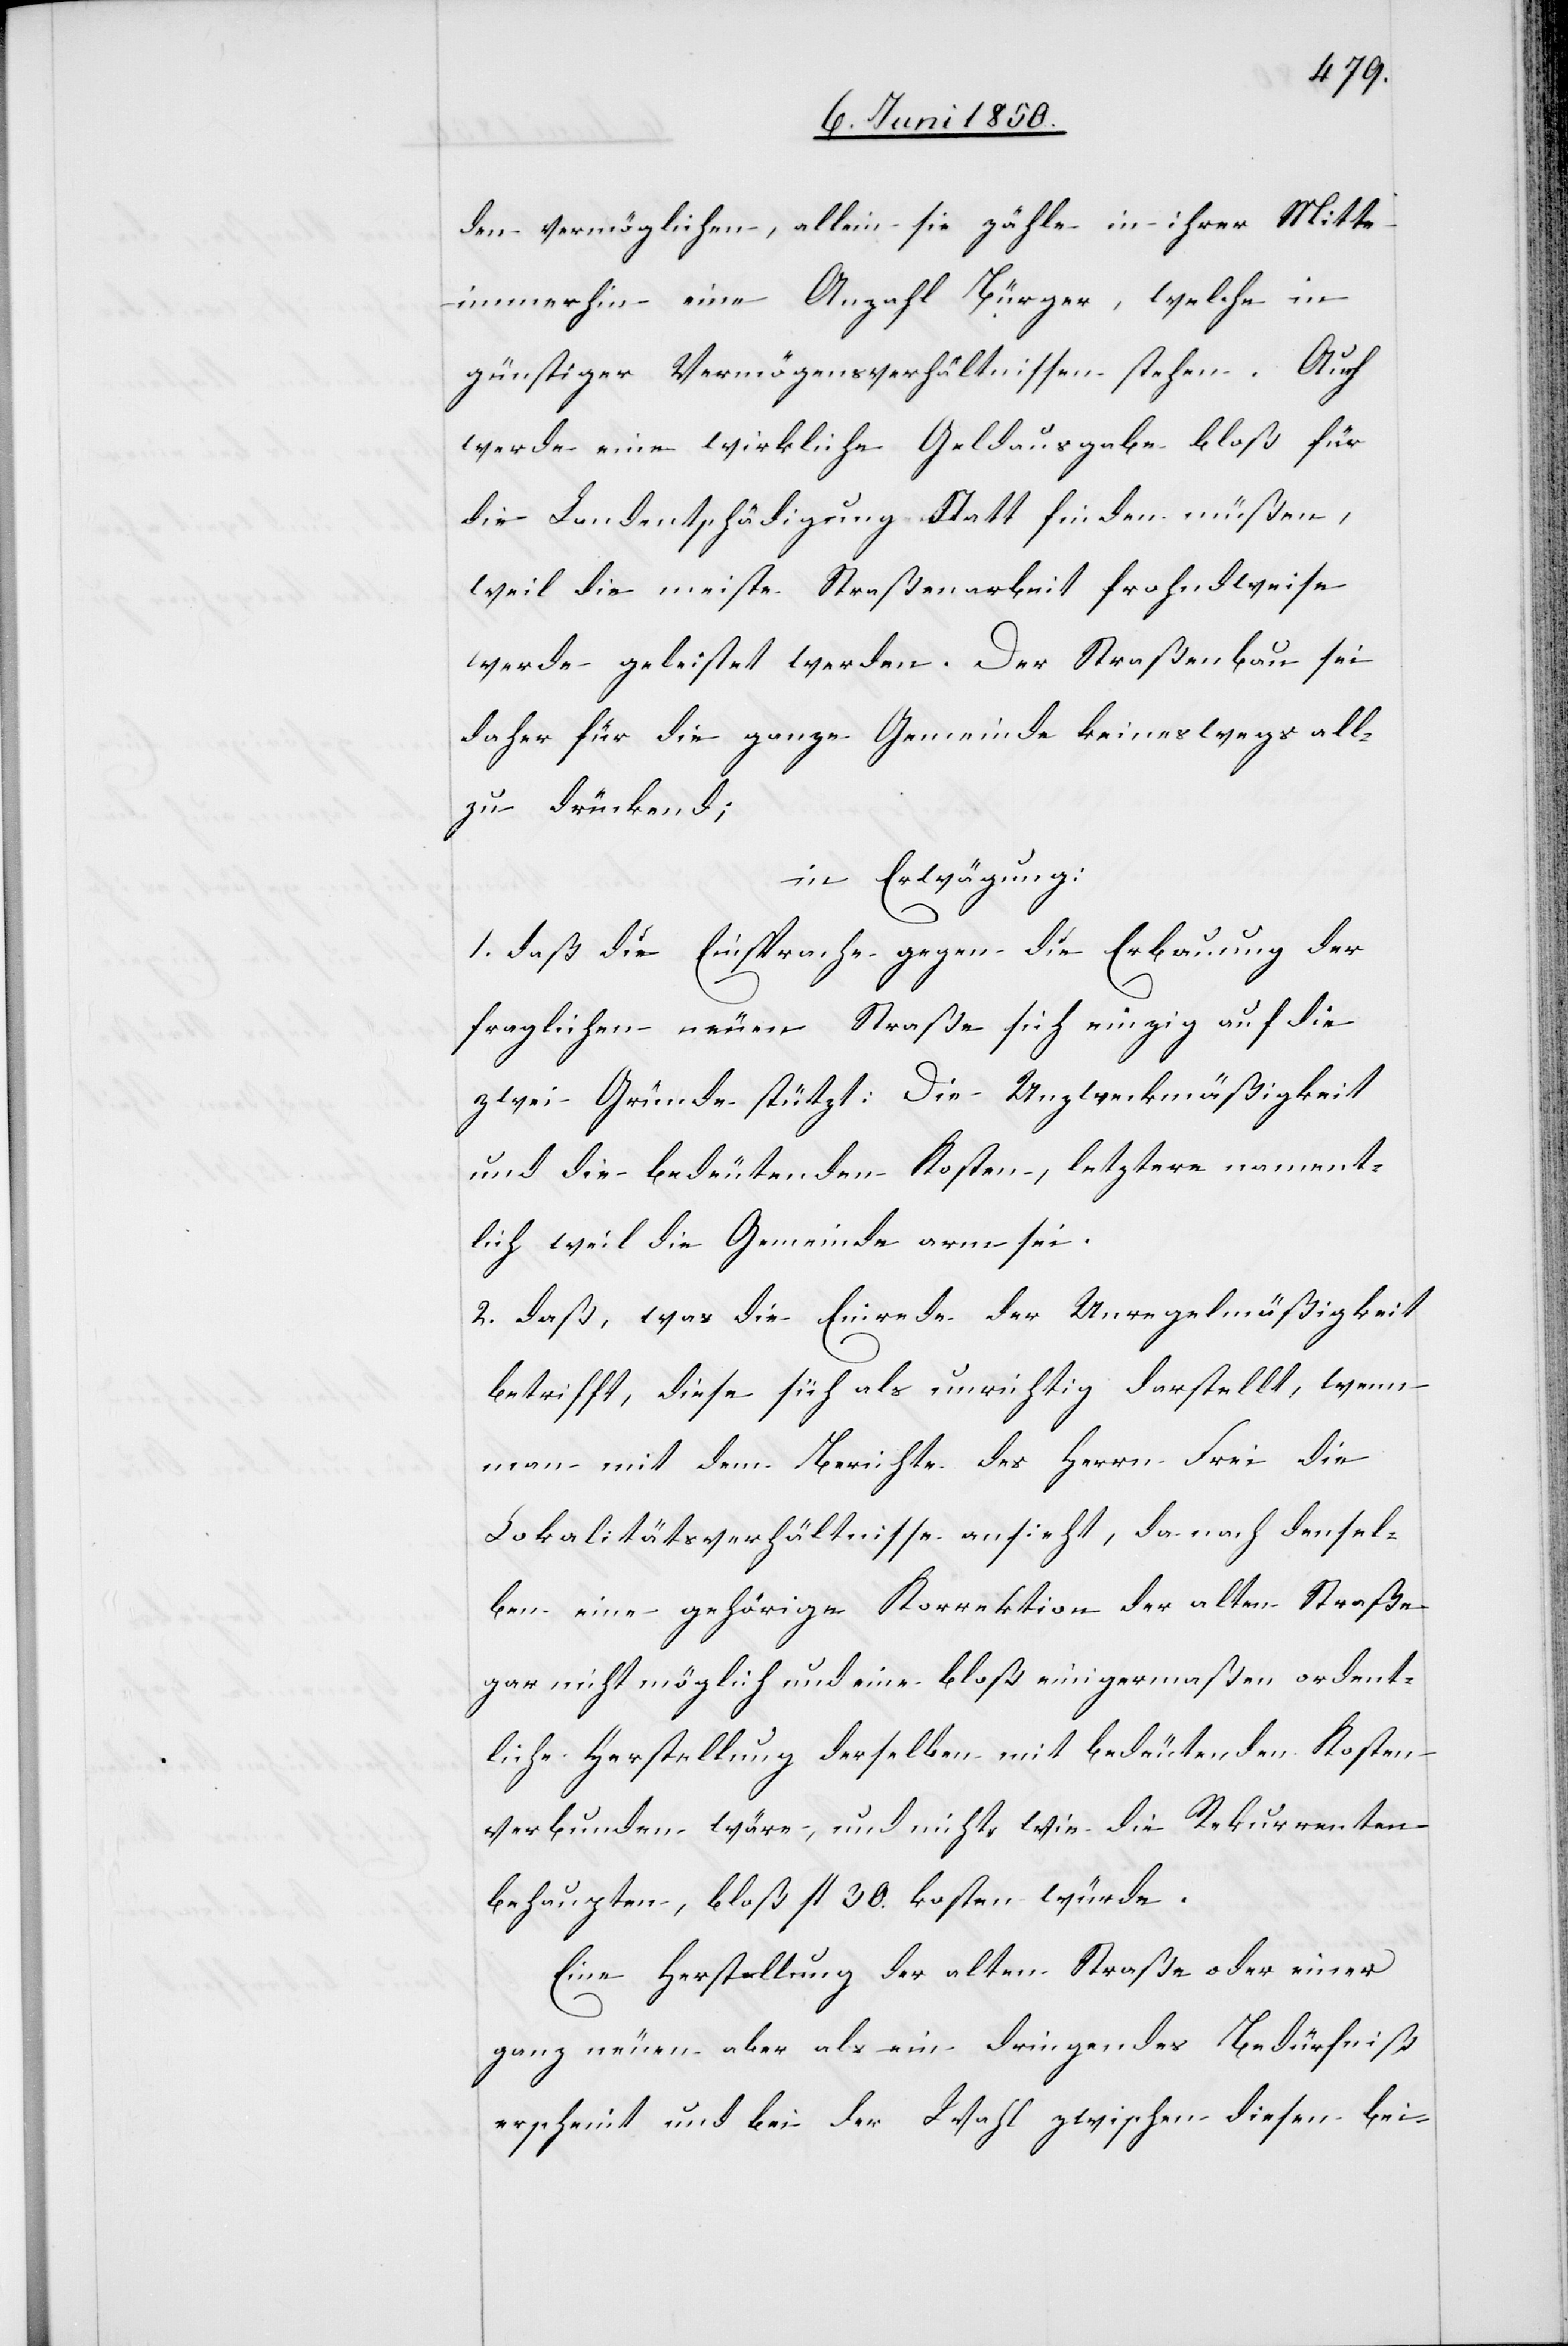
den vermöglichen, allein sie zähle in ihrer Mitte
immerhin eine Anzahl Bürger, welche in
günstiger Vermögensverhältnissen stehen. Auch
werde eine wirkliche Geldausgabe bloß für
die Landentschädigung Statt finden müßen,
weil die meiste Straßenarbeit frohndweise
werde geleistet werden. Der Straßenbau sei
daher für die ganze Gemeinde keineswegs all¬
zu drückend;
in Erwägung:
1. daß die Einsprache gegen die Erbauung der
fraglichen neuen Straße sich einzig auf die
zwei Gründe stützt: Die Unzweckmäßigkeit
und die bedeutenden Kosten, letztere nament¬
lich weil die Gemeinde arm sei.
2. daß, was die Einrede der Unregelmäßigkeit
betrifft, diese sich als unrichtig darstellt, wenn
man mit dem Berichte des Herrn Frei die
Lokalitätsverhältnisse ansieht, da nach densel¬
ben eine gehörige Korrektion der alten Straße
gar nicht möglich und eine bloß einigermaßen ordent¬
liche Herstellung derselben mit bedeutenden Kosten
verbunden wäre, und nicht, wie die Rekurrenten
behaupten, bloß fl 30. kosten würde.
Eine Herstellung der alten Straße oder einer
ganz neuen aber als ein dringendes Bedürfniß
erscheint und bei der Wahl zwischen diesen bei-